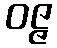
ဝဇ္ဇ